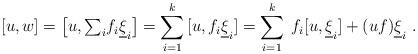
LaTeX: \begin{align*}[u, w]= \big[u, {\textstyle\sum_i} f_i \underline \xi_i\big]= \sum_{i=1}^k \,[u, f_i\underline\xi_i]= \sum_{i=1}^k \;f_i[u,{\underline\xi}_i]+(uf)\underline\xi_i~.\end{align*}